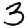
Digit: 3